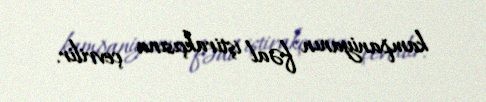
kampaniyanın fəal iştirakçısına çevrilir.